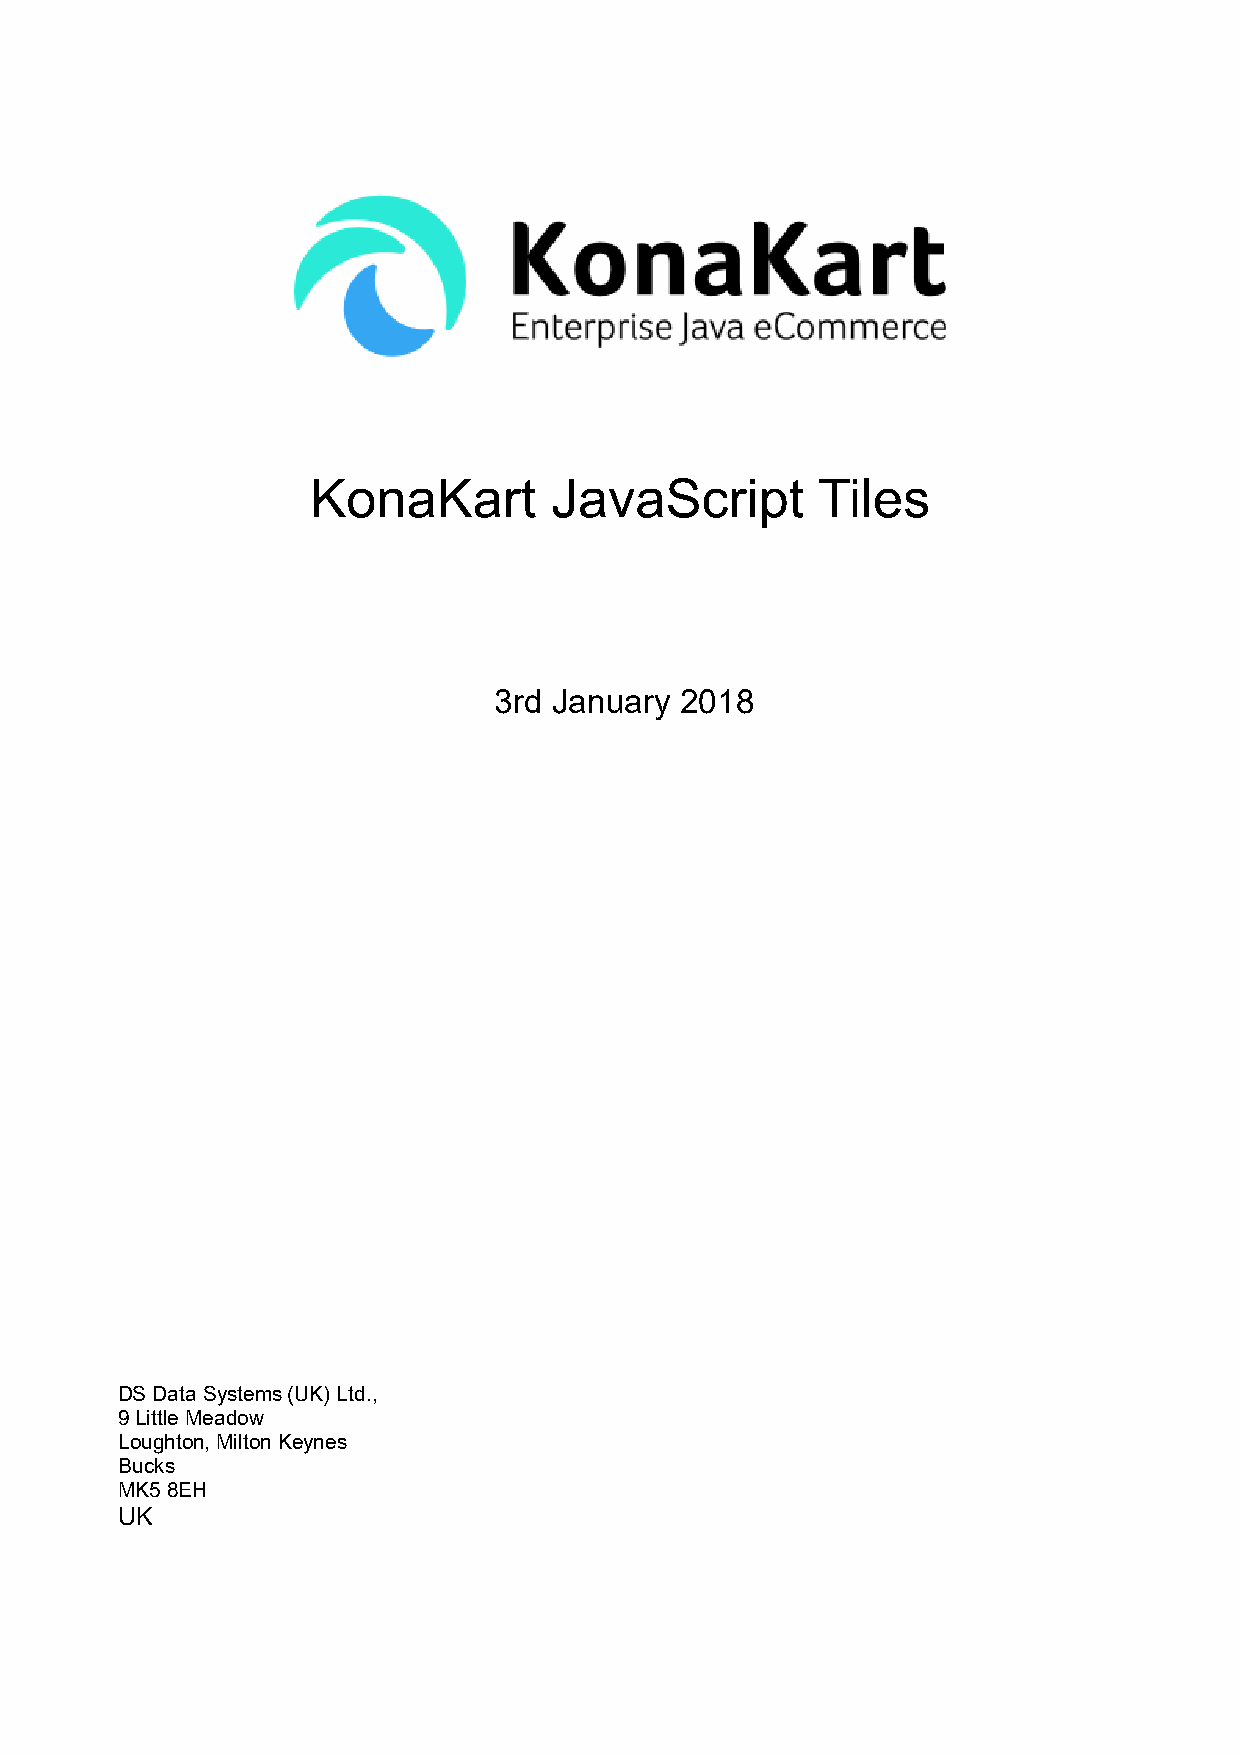
KonaKart       JavaScript        Tiles
 3rd January 2018
 DS Data Systems (UK) Ltd.,
 9 Little Meadow
 Loughton, Milton Keynes
 Bucks
 MK5 8EH
 UK